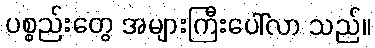
ပစ္စည်းတွေ အများကြီးပေါ်လာ သည်။